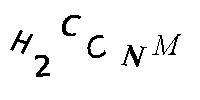
H2CCNM